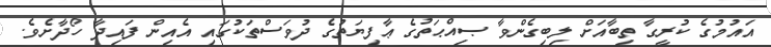
އައުމުގެ ކުރީގާ ތިބާއަށް ލިބިގެންވާ ޞިއްޙަތުގެ ޢާފިޔަތުގެ ދުވަސްތަކުގައި އެއިން ފައިދާ ހޯދާށެވެ.